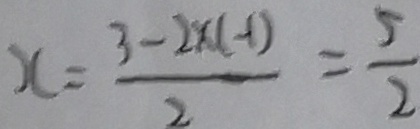
x = \frac { 3 - 2 x ( - 1 ) } { 2 } = \frac { 5 } { 2 }